Annual report of the Punjab Veterinary College and of the Civil Veterinary Department, Punjab - 1926-1932
Year: 1926
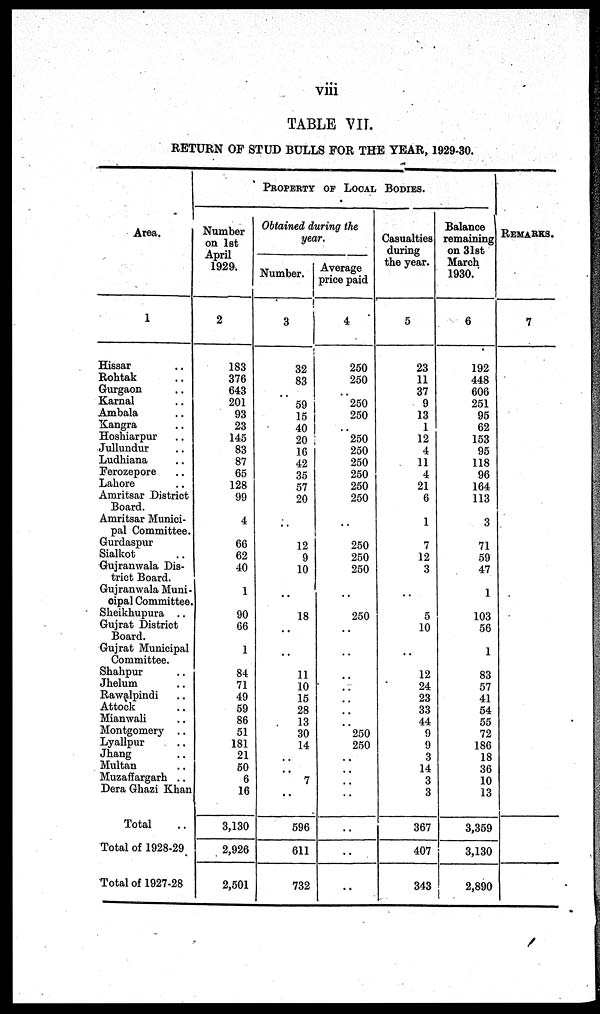
viii
TABLE VII.
RETURN OF STUD BULLS FOR THE YEAR, 1929-30.
Area.
1
Hissar ..
Rohtak ..
Gurgaon ..
Karnal ..
Ambala ..
Kangra ..
Hoshiarpur ..
Jullundur ..
Ludhiana ..
Ferozepore ..
Lahore ..
Amritsar District
Board.
Amritsar Munici-
pal Committee.
Gurdaspur
Sialkot ..
Gujranwala Dis-
trict Board.
Gujranwala Muni-
cipal Committee.
Sheikhupura ..
Gujrat District
Board.
Gujrat Municipal
Committee.
Shahpur ..
Jhelum ..
Rawalpindi ..
Attock ..
Mianwali ..
Montgomery ..
Lyallpur ..
Jhang ..
Multan ..
Muzaffargarh ..
Dera Ghazi Khan
Total ..
Total of 1928-29
Total of 1927-28
PROPERTY OF LOCAL BODIES.
Number
on 1st
April
1929.
2
183
376
643
201
93
23
145
83
87
65
128
99
4
66
62
40
1
90
66
1
84
71
49
59
86
51
181
21
50
6
16
3,130
2,926
2,501
Obtained during the
year.
Number.
3
32
83
..
59
15
40
20
16
42
35
57
20
..
12
9
10
..
18
..
..
11
10
15
28
13
30
14
..
..
7
..
596
611
732
Average
price paid
4
250
250
..
250
250
..
250
250
250
250
250
250
..
250
250
250
..
250
..
..
..
..
..
..
..
250
250
..
..
..
..
..
..
..
Casualties
during
the year.
5
23
11
37
9
13
1
12
4
11
4
21
6
1
7
12
3
..
5
10
..
12
24
23
33
44
9
9
3
14
3
3
367
407
343
Balance
remaining
on 31st
March
1930.
6
192
448
606
251
95
62
153
95
118
96
164
113
3
71
59
47
1
103
56
1
83
57
41
54
55
72
186
18
36
10
13
3,359
3,130
2,890
REMARKS.
7